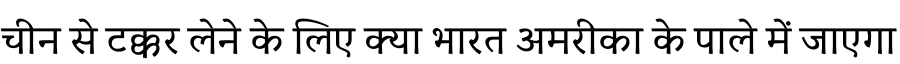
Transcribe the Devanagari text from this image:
चीन से टक्कर लेने के लिए क्या भारत अमरीका के पाले में जाएगा